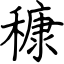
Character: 穅